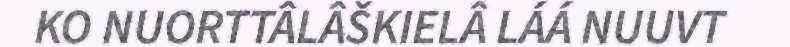
KO NUORTTÂLÂŠKIELÂ LÁÁ NUUVT